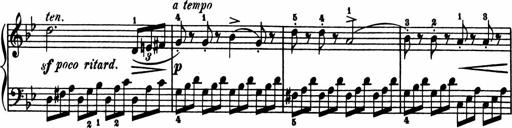
Title: 11 Sonatinas for Piano Solo
Composer: Anton Diabelli